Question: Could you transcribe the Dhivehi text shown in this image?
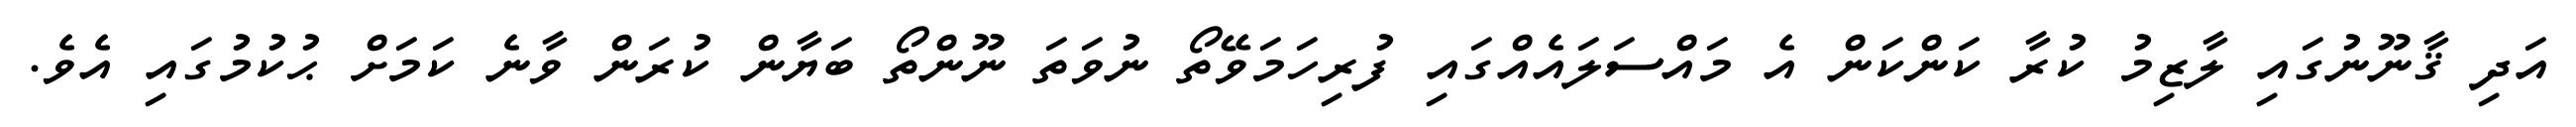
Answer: އަދި ޤާނޫނުގައި ލާޒިމު ކުރާ ކަންކަން އެ މައްސަލައެއްގައި ފުރިހަމަވޭތޯ ނުވަތަ ނޫންތޯ ބަޔާން ކުރަން ވާނެ ކަމަށް ޙުކުމުގައި އެވެ.